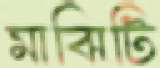
মাঝিটি